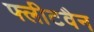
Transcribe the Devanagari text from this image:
फ्लीटवैन